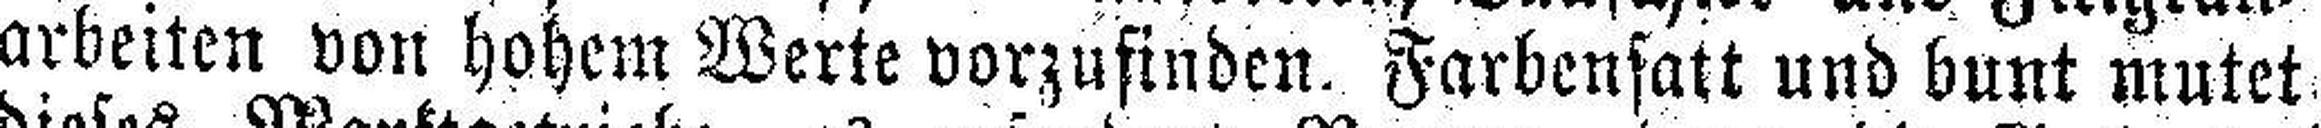
arbeiten von hohem Werte vorzufinden. Farbensatt und bunt mutet